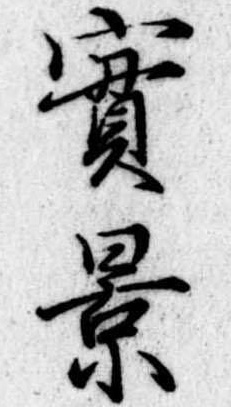
実景